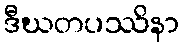
ဒီဃတပဿိနာ